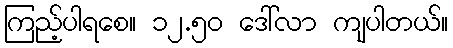
ကြည့်ပါရစေ။ ၁၂.၅၀ ဒေါ်လာ ကျပါတယ်။